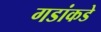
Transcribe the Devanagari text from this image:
गडांकडे